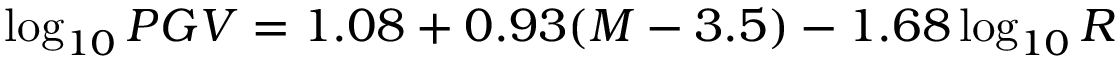
\log _ { 1 0 } P G V = 1 . 0 8 + 0 . 9 3 ( M - 3 . 5 ) - 1 . 6 8 \log _ { 1 0 } R